Annual report of the Punjab Veterinary College and of the Civil Veterinary Department, Punjab - 1920-1925
Year: 1920
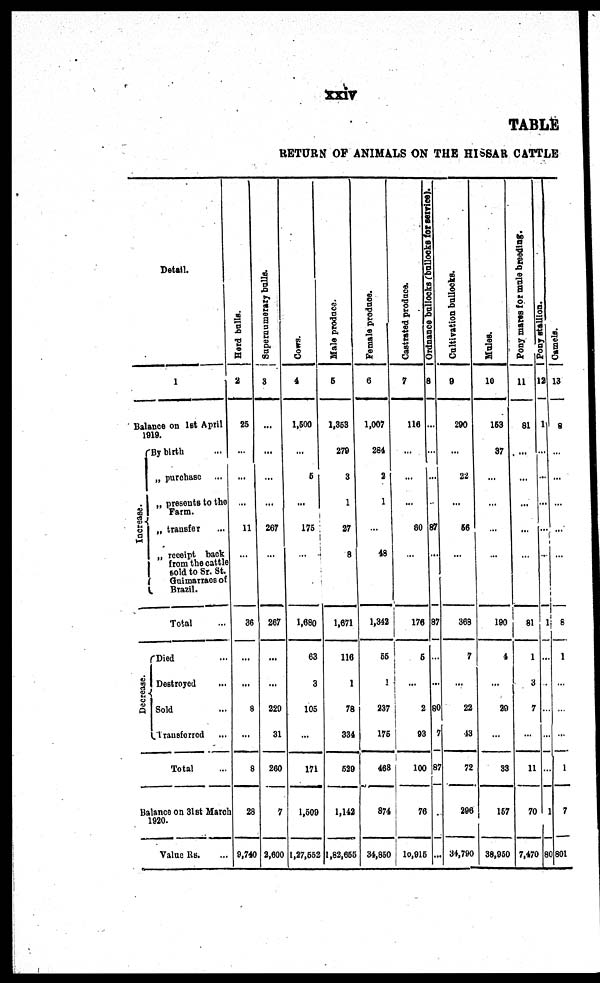
xxiv
TABLE
RETURN OF ANIMALS ON THE HISSAR CATTLE
Detail.
1
Balance on 1st April
1919.
I
nc r
e a s e .{
By birth
„ purchase
„ present s t o t he
Farm.
„ transfer ...
„ recei pt back
f r om the cattle
sol d to Sr . St .
Gui marraes of
Brazil.
T o t
a l
Decrease.{
Di ed
Dest royed
Sol d
Tr ansf er r ed
Tot al
Bal ance o n 31s t Mar ch
1920.
Val ue Rs.
Herd bulls.
2
25
...
...
...
11
...
36
...
...
8
...
8
28
9, 740
Supernumerary bulls.
3
...
...
...
267
...
267
...
...
229
31
260
7
2, 600
Cows.
4
1, 500
...
5
...
175
...
1, 680
63
3
105
...
171
1, 509
1, 27, 552
Male produce.
5
1, 353
279
3
1
27
8
1, 671
116
1
78
334
529
1, 142
1, 82, 655
Female produce.
6
1, 007
284
2
1
...
48
1, 342
55
1
237
175
468
874
34, 850
Castrated produce.
7
116
...
...
...
80
...
176
5
...
2
93
100
76
10, 915
Ordnance bullocks (bullocks for services).
8
...
...
...
...
87
...
87
...
...
80
7
87
...
Cultivation bullocks.
9
290
...
22
...
56
...
368
7
...
22
43
72
296
34, 790
Mules.
10
153
37
...
...
...
190
4
...
29
...
33
157
38, 950
Pony mares
for mule
breeding.
11
81
...
...
...
81
1
3
7
...
11
70
7, 470
Pony stallion.
12
1
...
...
...
...
1
...
...
...
...
...
1
80
Camels.
13
8
...
...
...
...
...
8
1
...
...
...
1
7
801